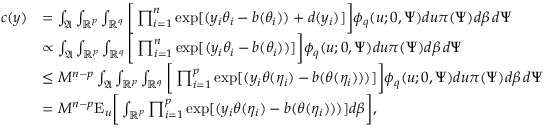
\begin{array} { r l } { c ( y ) } & { = \int _ { \mathfrak { A } } \int _ { \mathbb { R } ^ { p } } \int _ { \mathbb { R } ^ { q } } \bigg [ \prod _ { i = 1 } ^ { n } \exp [ ( y _ { i } \theta _ { i } - b ( \theta _ { i } ) ) + d ( y _ { i } ) ] \bigg ] \phi _ { q } ( u ; 0 , \Psi ) d u \pi ( \Psi ) d \beta \, d \Psi } \\ & { \propto \int _ { \mathfrak { A } } \int _ { \mathbb { R } ^ { p } } \int _ { \mathbb { R } ^ { q } } \bigg [ \prod _ { i = 1 } ^ { n } \exp [ ( y _ { i } \theta _ { i } - b ( \theta _ { i } ) ) ] \bigg ] \phi _ { q } ( u ; 0 , \Psi ) d u \pi ( \Psi ) d \beta \, d \Psi } \\ & { \le M ^ { n - p } \int _ { \mathfrak { A } } \int _ { \mathbb { R } ^ { p } } \int _ { \mathbb { R } ^ { q } } \bigg [ \prod _ { i = 1 } ^ { p } \exp [ ( y _ { i } \theta ( \eta _ { i } ) - b ( \theta ( \eta _ { i } ) ) ) ] \bigg ] \phi _ { q } ( u ; 0 , \Psi ) d u \pi ( \Psi ) d \beta \, d \Psi } \\ & { = M ^ { n - p } { \mathrm { E } } _ { u } \bigg [ \int _ { \mathbb { R } ^ { p } } \prod _ { i = 1 } ^ { p } \exp [ ( y _ { i } \theta ( \eta _ { i } ) - b ( \theta ( \eta _ { i } ) ) ) ] d \beta \bigg ] , } \end{array}